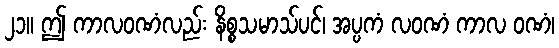
၂၁။ ဤ ကာလဝဏံလည်း နိစ္စသမာသ်ပင်၊ အပ္ပကံ လဝဏံ ကာလ ဝဏံ၊